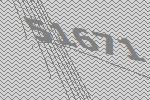
51671